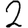
Digit: 2